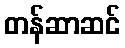
တန်ဆာဆင်